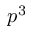
p ^ { 3 }